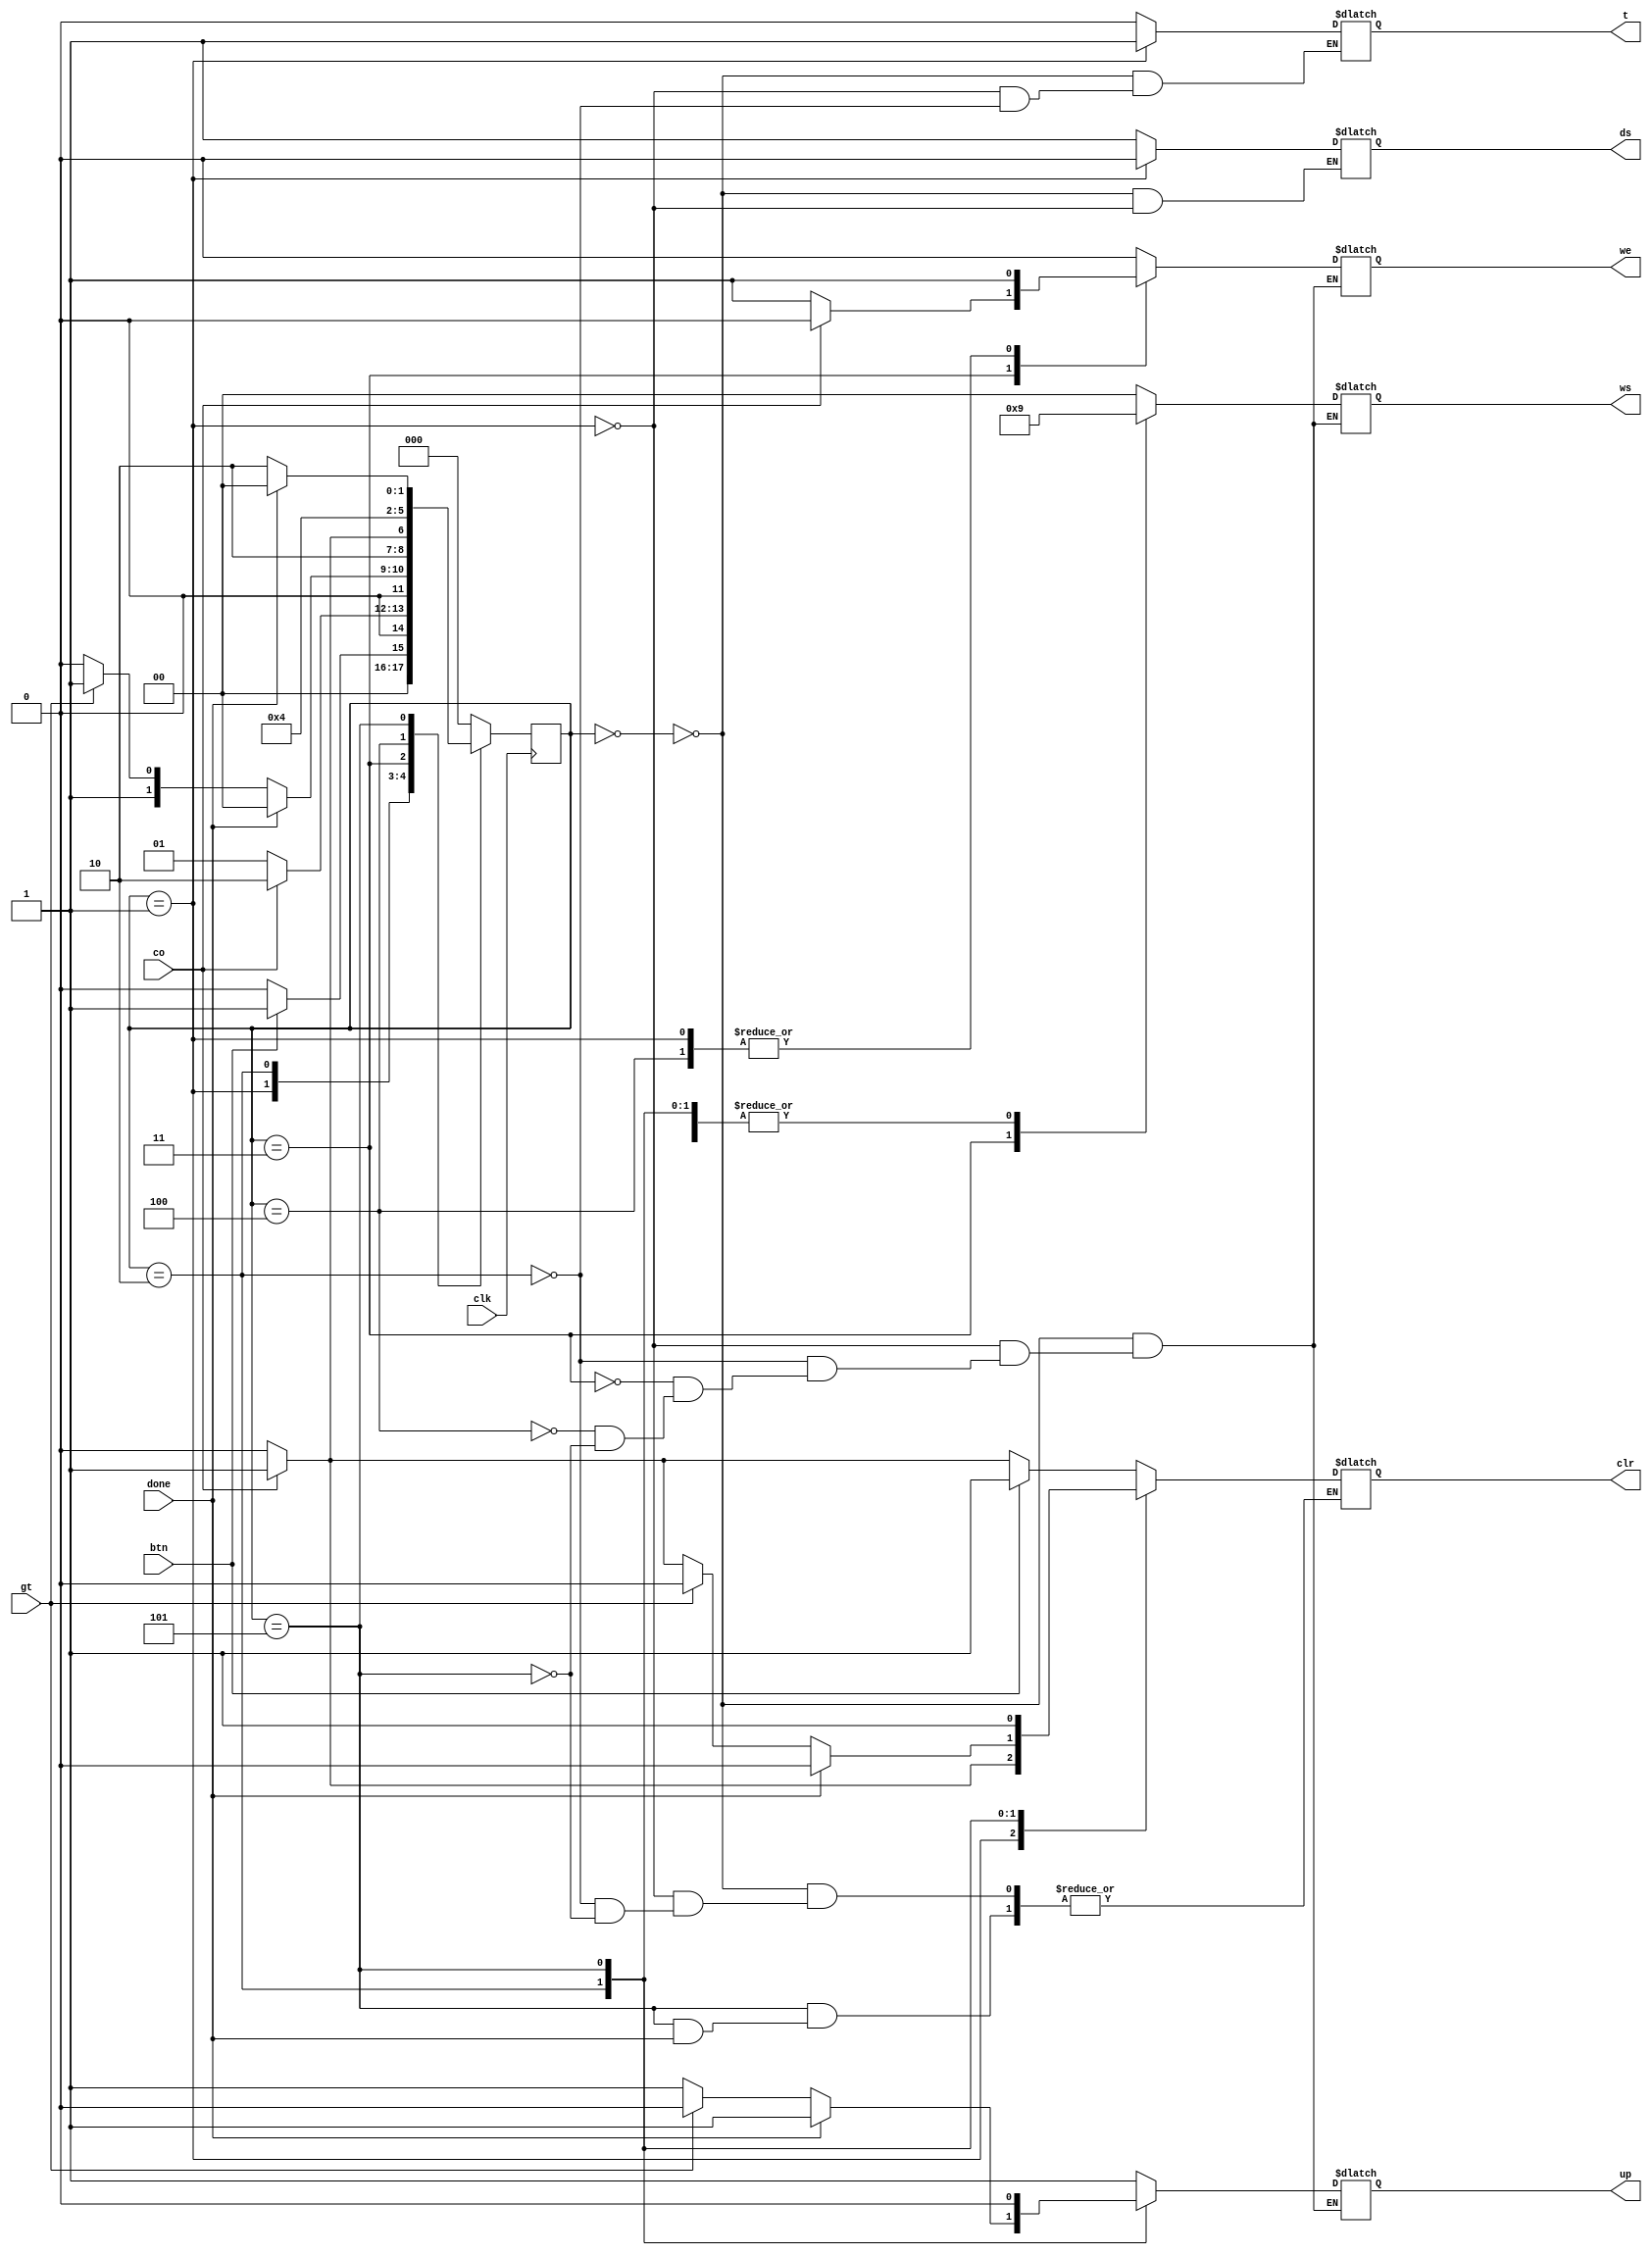
`timescale 1ns / 1ps
//////////////////////////////////////////////////////////////////////////////////
// Company:  Ratner Surf Designs
// 
// Design Name: 
// Module Name: fsm_template
// Project Name: 
// Target Devices: 
// Tool Versions: 
// Description: Generic FSM model with both Mealy & Moore outputs. 
//    Note: data widths of state variables are not specified 
//
// Dependencies: 
// 
// Revision:
// Revision 1.00 - File Created (07-07-2018) 
// Additional Comments:
// 
//////////////////////////////////////////////////////////////////////////////////

module fsm_template(co, gt, done, btn, up, we, clr, ws, ds, clk, t); 
    input  co, btn, clk, gt, done; 
    output reg up, we, clr, ds, t;
    output reg [1:0] ws;
     
    reg [2:0] NS, PS; 
    parameter [4:0] WAIT=3'b000, TRANSFER=3'b001, SORT=3'b010, SWAP1=3'b011, SWAP2=3'b100, CHECK=3'b101; 
    

    //- model the state registers
    always @ (posedge clk)
       PS <= NS; 
    
    
    //- model the next-state and output decoders
    always @ (*)
    begin
       case(PS)
          WAIT:
             begin
                t = 0;
                we = 0;
                ws = 2'b00;
                up = 1;
                ds = 1;
                clr = 0;
                if (btn == 0)
                begin
                    if (co)
                        clr = 1;
                    NS = WAIT;
                end  
                else
                begin
                    NS = TRANSFER;
                    clr = 1;
                end  
             end
          
          TRANSFER:
             begin
                t = 1;
                we = 1;
                ws = 2'b00;
                up = 1;
                ds = 0;
                clr = 0;
                if (co == 0)
                begin
                    NS = TRANSFER;
                end
                else
                begin
                    NS = SORT;
                    clr = 1;
                    //up=0;
                end
             end
             
          SORT:
             begin
                t = 0;
                we = 0;
                ws = 2'b01;
                up = 1;
                clr = 0;
                if (done == 1)
                begin
                    NS = WAIT;
                end
                else if (gt == 1)
                begin
                    up = 0;
                    NS = SWAP1;
                end
                else if (co == 1)
                begin
                    NS = SORT;
                    clr = 1;
                end
                else
                begin
                    NS = SORT;
                end
             end
             
          SWAP1:
             begin
                up = 1;
                we = 1;
                ws = 2'b10;                
                if (co)
                begin
                    NS = CHECK;
                    we = 0;
                end
                else
                begin
                    NS = SWAP2;
                    we = 1;
                end
             end
             
          SWAP2:
            begin
                up = 1;
                we = 1;
                ws = 2'b01;
                //if (co)
                //begin
                //    NS = CHECK;
                    //we = 0;
                //end
                //else
                //begin
                    NS = SORT;
                    //we = 1;
                //end
             end
          
          CHECK:
             begin
                we = 0;
                ws = 2'b01;
                up = 0;
                if (done == 0)
                begin
                    NS = SORT;
                    clr = 1;
                end
                else
                begin
                    NS = WAIT;
                end
             end
             
          default: NS = WAIT; 
            
          endcase
      end              
endmodule